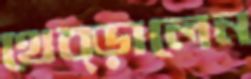
থেব্‌ড়ালেন